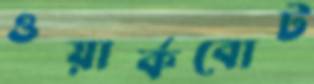
ওয়ার্কবোট